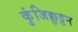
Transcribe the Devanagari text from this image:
कुंजिक्कुट्टन